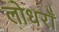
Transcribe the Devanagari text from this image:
लोधराँ